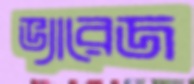
ভ্যারেজ